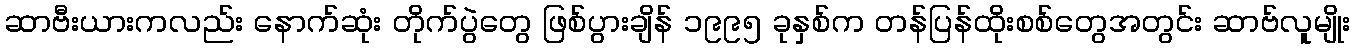
ဆာဗီးယားကလည်း နောက်ဆုံး တိုက်ပွဲတွေ ဖြစ်ပွားချိန် ၁၉၉၅ ခုနှစ်က တန်ပြန်ထိုးစစ်တွေအတွင်း ဆာဗ်လူမျိုး